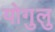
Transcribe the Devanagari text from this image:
योगुलु